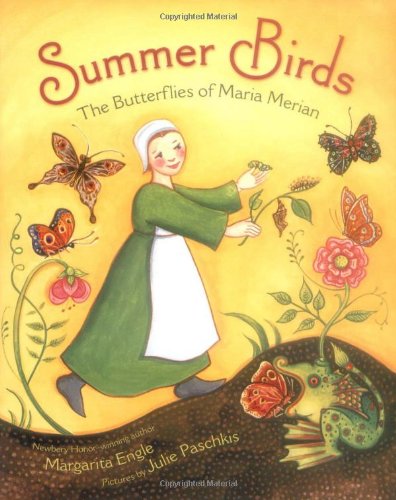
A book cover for Summer Birds: The Butterflies of Maria Merian; Margarita Engle; Children's Books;